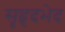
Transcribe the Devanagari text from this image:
सृहृदभेद